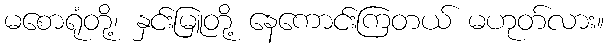
မစောရုံတို့၊ နှင်းမြူတို့ နေကောင်းကြတယ် မဟုတ်လား။